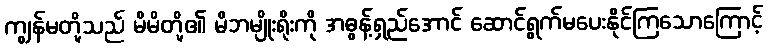
ကျွန်မတို့သည် မိမိတို့၏ မိဘမျိုးရိုးကို အဓွန့်ရှည်အောင် ဆောင်ရွက်မပေးနိုင်ကြသောကြောင့်